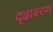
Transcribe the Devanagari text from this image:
दृढावरण